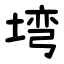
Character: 塆